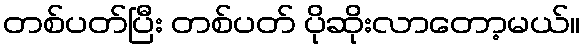
တစ်ပတ်ပြီး တစ်ပတ် ပိုဆိုးလာတော့မယ်။